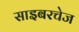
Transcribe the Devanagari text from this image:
साइबरचेज